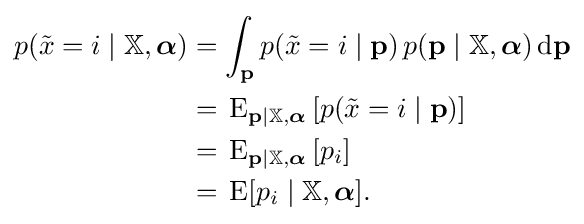
{\begin{aligned}p({\tilde {x}}=i\mid \mathbb {X} ,{\boldsymbol {\alpha }})&=\int _{\mathbf {p} }p({\tilde {x}}=i\mid \mathbf {p} )\,p(\mathbf {p} \mid \mathbb {X} ,{\boldsymbol {\alpha }})\,{\textrm {d}}\mathbf {p} \\&=\,\operatorname {E} _{\mathbf {p} \mid \mathbb {X} ,{\boldsymbol {\alpha }}}\left[p({\tilde {x}}=i\mid \mathbf {p} )\right]\\&=\,\operatorname {E} _{\mathbf {p} \mid \mathbb {X} ,{\boldsymbol {\alpha }}}\left[p_{i}\right]\\&=\,\operatorname {E} [p_{i}\mid \mathbb {X} ,{\boldsymbol {\alpha }}].\end{aligned}}